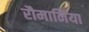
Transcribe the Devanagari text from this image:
रौमानिया